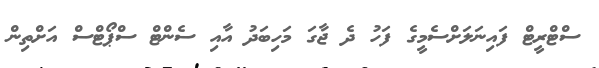
ސްޓްރީޓް ފައިނަލަށްސެމީގެ ފަހު ދެ ޖާގަ މަހިބަދު އާއި ސެންޓް ސްޕޯޓްސް އަށްތިން